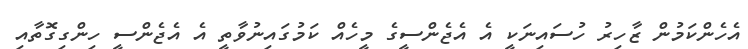
އެހެންކަމުން ޒާހިރު ހުސައިނަކީ އެ އެޖެންސީގެ މީހެއް ކަމުގައިނުވާތީ އެ އެޖެންސީ ހިންގިގޮތާއި